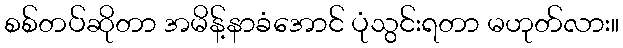
စစ်တပ်ဆိုတာ အမိန့်နာခံအောင် ပုံသွင်းရတာ မဟုတ်လား။